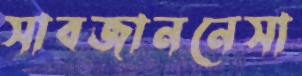
সাবজাননেসা